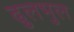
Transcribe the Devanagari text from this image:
ढुलभुल